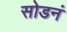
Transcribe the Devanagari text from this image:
सोडनं